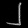
Digit: ၂